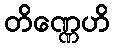
တိဏ္ဏေဟိ